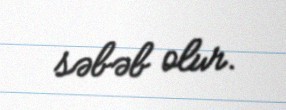
səbəb olur.